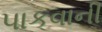
પાકવાની